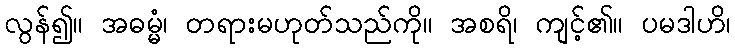
လွန်၍။ အဓမ္မံ၊ တရားမဟုတ်သည်ကို။ အစရိ၊ ကျင့်၏။ ပမဒါဟိ၊